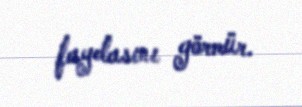
faydasını görmür.